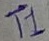
Text: T1